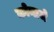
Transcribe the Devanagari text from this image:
कोनाजे